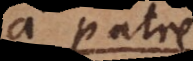
a patre,